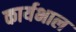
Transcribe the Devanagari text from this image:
कार्यभाल